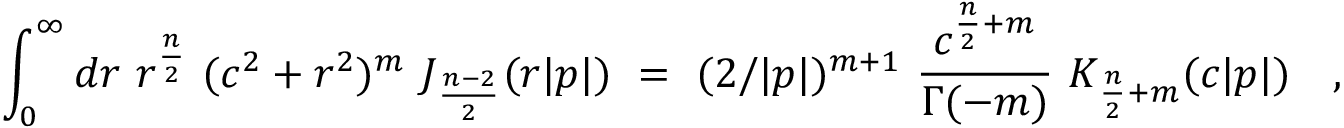
\int _ { 0 } ^ { \infty } d r ~ r ^ { \frac { n } { 2 } } ~ ( c ^ { 2 } + r ^ { 2 } ) ^ { m } ~ J _ { \frac { n - 2 } { 2 } } ( r | p | ) ~ = ~ ( 2 / | p | ) ^ { m + 1 } ~ \frac { c ^ { \frac { n } { 2 } + m } } { \Gamma ( - m ) } ~ K _ { \frac { n } { 2 } + m } ( c | p | ) ~ ~ ~ ,